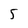
Character: 5